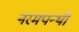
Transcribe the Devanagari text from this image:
नरमपन्थी